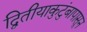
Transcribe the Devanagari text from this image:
द्वितीयाकुटुंबापासून